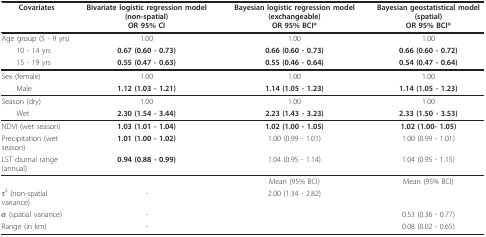
<table><thead><tr><td><b>Covariates</b></td><td><b>Bivariate logistic regression model (non-spatial)OR 95% CI</b></td><td><b>Bayesian logistic regression model (exchangeable)OR 95% BCI*</b></td><td><b>Bayesian geostatistical model (spatial)OR 95% BCI*</b></td></tr></thead><tbody><tr><td>Age group (5 - 9 yrs)</td><td>1.00</td><td>1.00</td><td>1.00</td></tr><tr><td> 10 - 14 yrs</td><td><b>0.67 (0.60 - 0.73)</b></td><td><b>0.66 (0.60 - 0.73)</b></td><td><b>0.66 (0.60 - 0.72)</b></td></tr><tr><td> 15 - 19 yrs</td><td><b>0.55 (0.47 - 0.63)</b></td><td><b>0.55 (0.46 - 0.64)</b></td><td><b>0.54 (0.47 - 0.64)</b></td></tr><tr><td>Sex (female)</td><td>1.00</td><td>1.00</td><td>1.00</td></tr><tr><td> Male</td><td><b>1.12 (1.03 - 1.21)</b></td><td><b>1.14 (1.05 - 1.23)</b></td><td><b>1.14 (1.05 - 1.23)</b></td></tr><tr><td>Season (dry)</td><td>1.00</td><td>1.00</td><td>1.00</td></tr><tr><td> Wet</td><td><b>2.30 (1.54 - 3.44)</b></td><td><b>2.23 (1.43 - 3.23)</b></td><td><b>2.33 (1.50 - 3.53)</b></td></tr><tr><td>NDVI (wet season)</td><td><b>1.03 (1.01 - 1.04)</b></td><td><b>1.02 (1.00 - 1.05)</b></td><td><b>1.02 (1.00- 1.05)</b></td></tr><tr><td>Precipitation (wet season)</td><td><b>1.01 (1.00 - 1.02)</b></td><td>1.00 (0.99 - 1.01)</td><td>1.00 (0.99 - 1.01)</td></tr><tr><td>LST diurnal range (annual)</td><td><b>0.94 (0.88 - 0.99)</b></td><td>1.04 (0.95 - 1.14)</td><td>1.04 (0.95 - 1.15)</td></tr><tr><td>[EMPTY_CELL]</td><td>[EMPTY_CELL]</td><td>Mean (95% BCI)</td><td>Mean (95% BCI)</td></tr><tr><td>τ<sup>2 </sup>(non-spatial variance)</td><td>-</td><td>2.00 (1.34 - 2.82)</td><td>[EMPTY_CELL]</td></tr><tr><td>σ (spatial variance)</td><td>-</td><td>[EMPTY_CELL]</td><td>0.53 (0.36 - 0.77)</td></tr><tr><td>Range (in km)</td><td>-</td><td>[EMPTY_CELL]</td><td>0.08 (0.02 - 0.65)</td></tr></tbody></table>